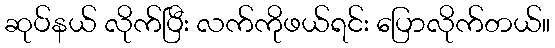
ဆုပ်နယ် လိုက်ပြီး လက်ကိုဖယ်ရင်း ပြောလိုက်တယ်။